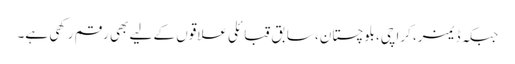
جبکہ ڈیمز، کراچی، بلوچستان، سابق قبائلی علاقوں کے لیے بھی رقم رکھی ہے۔